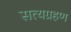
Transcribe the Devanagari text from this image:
सत्यग्रहण